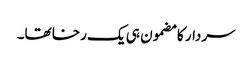
سردار کا مضمون ہی یک رخا تھا۔